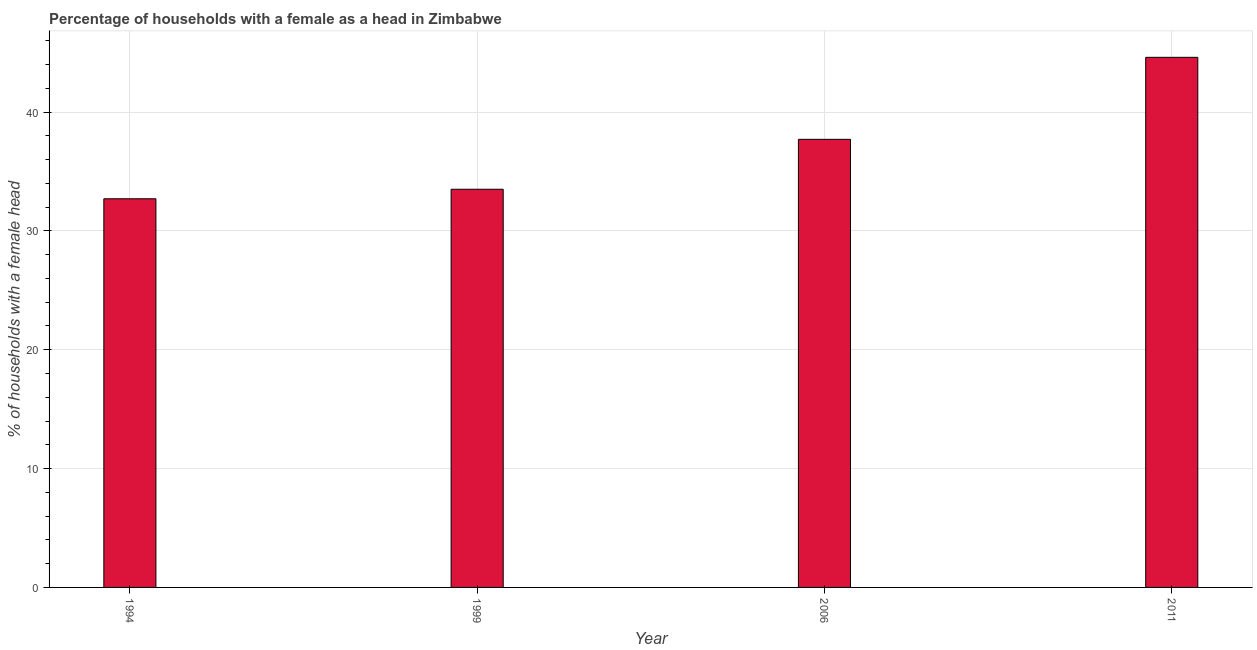
| Year | Female headed households |
 | --- | --- |
 | 1994 | 32.7 |
 | 1999 | 33.5 |
 | 2006 | 37.7 |
 | 2011 | 44.6 |